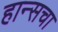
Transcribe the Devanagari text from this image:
हान्सचा